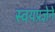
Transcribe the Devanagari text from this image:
स्वयंप्रज्ञेने